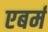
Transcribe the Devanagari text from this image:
एबर्म